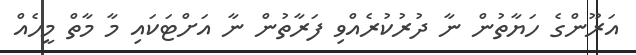
އަރޫންގެ ހަޔާތުން ނާ ދުރުކުރެއްވި ފަރާތުން ނާ އަށްޓަކައި މާ މާތް މީހެއް